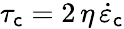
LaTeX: \tau_{\mathsf{c}}=2\, \eta\, \dot{{\varepsilon}}_{\mathrm{{\mathsf{c}}}}